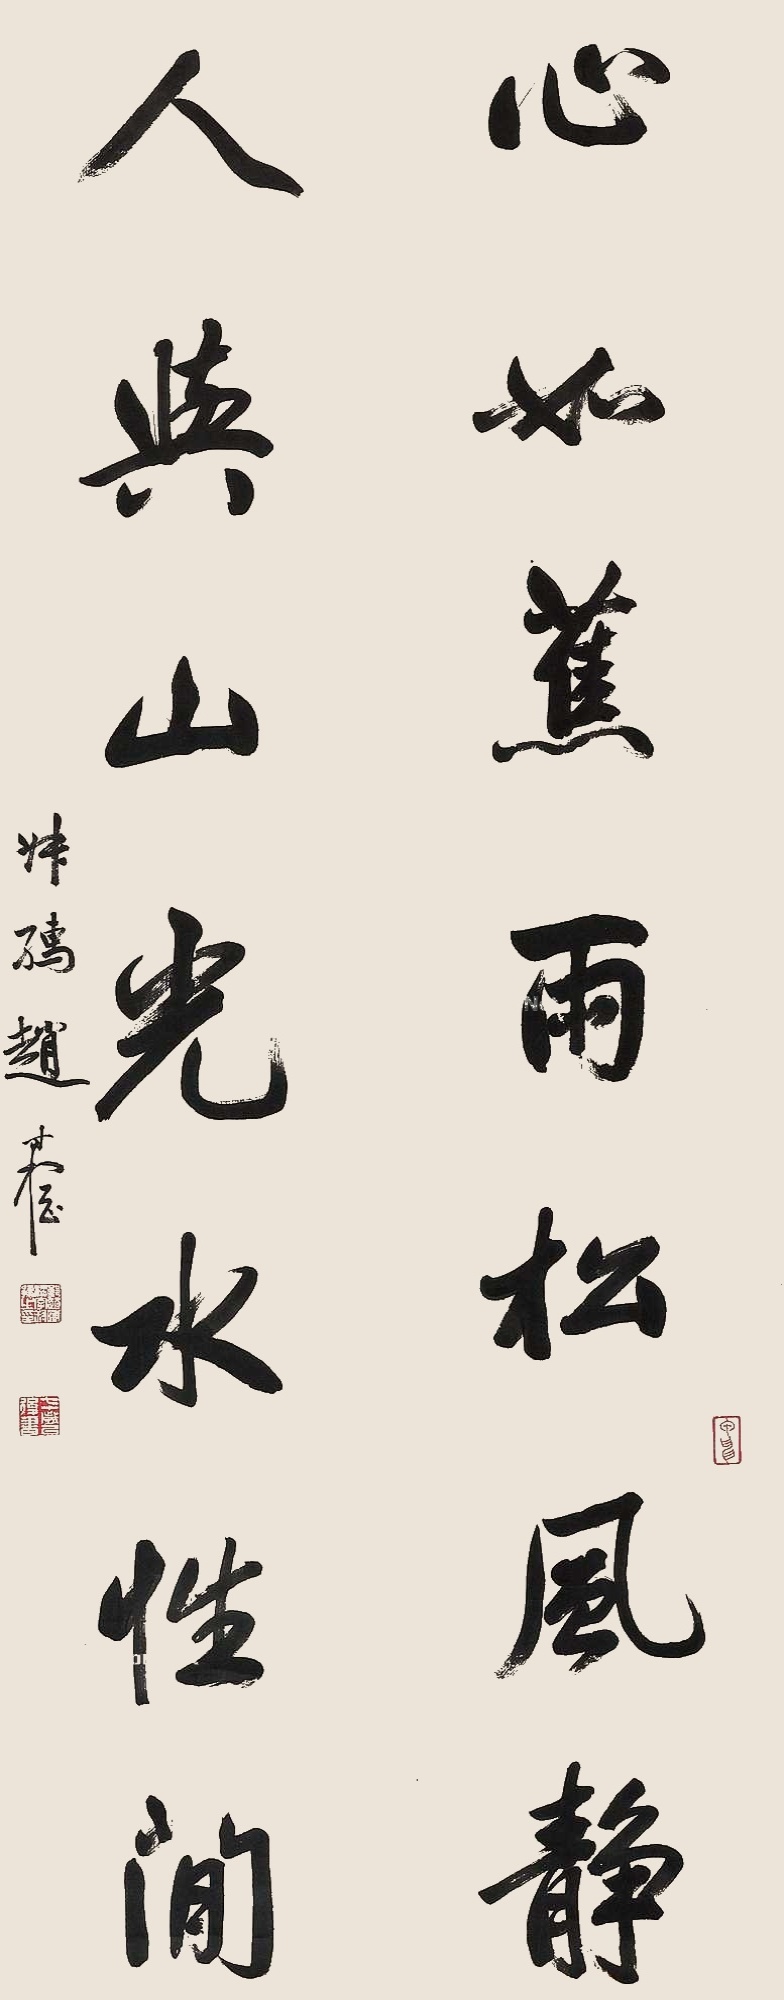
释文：心如蕉雨松风静，人与山光水性闲。赵叔孺时棢。